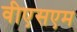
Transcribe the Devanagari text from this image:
वीएसएम